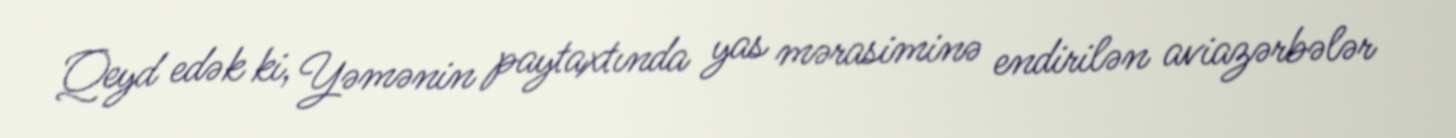
Qeyd edək ki, Yəmənin paytaxtında yas mərasiminə endirilən aviazərbələr